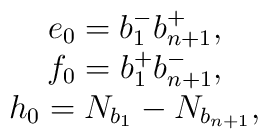
\begin{array}{c} e_{0}= b_{1}^{-} b_{n+1}^{+},~~~ \\ f_{0}= b_{1}^{+} b_{n+1}^{-},~~~ \\ h_{0}= N_{b_{1}}- N_{b_{n+1}},~~~  \end{array}